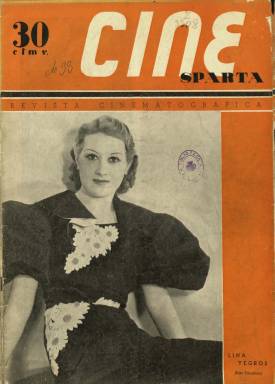
Título: Cine Sparta
Colección: Cine
Ámbito geográfico: Madrid
Lugar de publicación: Madrid
Fechas: 28/03/1936-30/04/1936

La colección de la Biblioteca Nacional de España contiene tres entregas editadas con este título, desde el 28 de marzo al 30 de abril de 1936, pues no debió superar mucho más su vida, al estallar en julio la guerra civil española. Están secuenciadas con los números 33, 34 y 35, pues es continuación en todos sus aspectos formales de la también publicación Cinema Sparta (1935-1936), que ya había modificado otra vez su cabecera anteriormente, pues se trata de la misma “revista cinematográfica” que con el título simple Sparta había iniciado su andadura en 1932. Son asimismo entregas de una veintena de páginas (sin foliación), con una cubierta ocupada íntegramente por una estrella del cine, y que informan tanto textualmente como gráficamente de las producciones españolas y también extranjeras de la industria cinematográfica. Igualmente inserta críticas de los estrenos y ofrece semblanzas y da cuenta de los trabajos artísticos de actrices y actores, que cuando sean de Hollywood irán acompañadas de fotografías distribuidas por la Paramount, 20th Century Fox, Warner Bros o la Universal. Otras instantáneas se refieren a las películas producidas en España, cuyos centros principales eran Madrid, Valencia y Barcelona, ciudad en la que la revista había establecido también delegación.

Sus responsables siguen siendo los mismos, apareciendo en la cabecera de su portada los nombres de Pedro Lagrava Laplaza, como director, y José María Aguirre, como redactor jefe. Sigue contando, así mismo, con colaboradores como Ricardo Gil, autor de textos como Retorno al silencio y llegada del color; Leonardo Balmaseda, que escribe sobre el actor Peter Lorre, ilustrado con una caricatura del dibujante Ardid; Enrique Narbona, autor de la serie Consultorio del aficionado; así como con Luis Alonso, Tony Martín, Víctor Velasco o Augusto Ysern. Publica también algunas instantáneas de su Concurso de fotografías cinematográficas. Cada entrega, en la que se alterna el papel prensa y cuché para su impresión, se inicia con un artículo editorial sobre la política de producción cinematográfica española, y dará mucha visualidad a actrices y actores publicando de ellos grandes fotografías. Así mismo, mantiene la sección Pantalla gremial, pues estuvo dirigida, especialmente, a los profesionales del séptimo arte y a su industria nacional, de la que ofrecía un cuadro bajo el epígrafe Las grandes firmas de España.